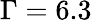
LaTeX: \Gamma=6.3